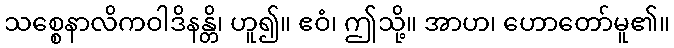
သစ္စေနာလိကဝါဒိနန္တိ၊ ဟူ၍။ ဧဝံ၊ ဤသို့။ အာဟ၊ ဟောတော်မူ၏။